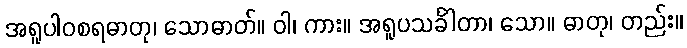
အရူပါဝစရဓာတု၊ သောဓာတ်။ ဝါ၊ ကား။ အရူပသင်္ခါတာ၊ သော။ ဓာတု၊ တည်း။